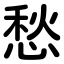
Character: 愁